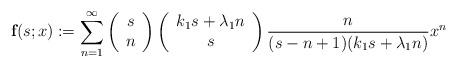
LaTeX: \begin{align*}\textbf{f}(s;x):=\sum^{\infty}_{n=1}\left(\begin{array}{cc}s\\n\end{array}\right)\left(\begin{array}{cc}k_1s+\lambda_1n\\s\end{array}\right)\frac{n}{(s-n+1)(k_1 s+\lambda_1n)}x^n\end{align*}